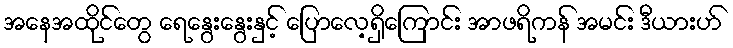
အနေအထိုင်တွေ ရေနွေးနွေးနှင့် ပြောလေ့ရှိကြောင်း အာဖရိကန် အမင်း ဒီယားဟ်